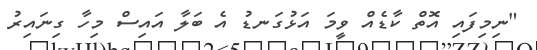
"ނިމިފައި އޮތް ކާޑެއް ވީމަ އަޅުގަނޑު އެ ބަލާ އައިސް މިހާ ގިނައިރު